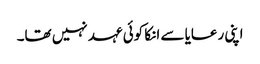
اپنی رعایا سے انکا کوئی عہد نہیں تھا۔